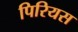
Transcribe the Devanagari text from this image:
पिरियस